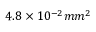
4 . 8 \times 1 0 ^ { - 2 } m m ^ { 2 }